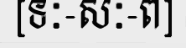
[ទៈ-សៈ-ព]